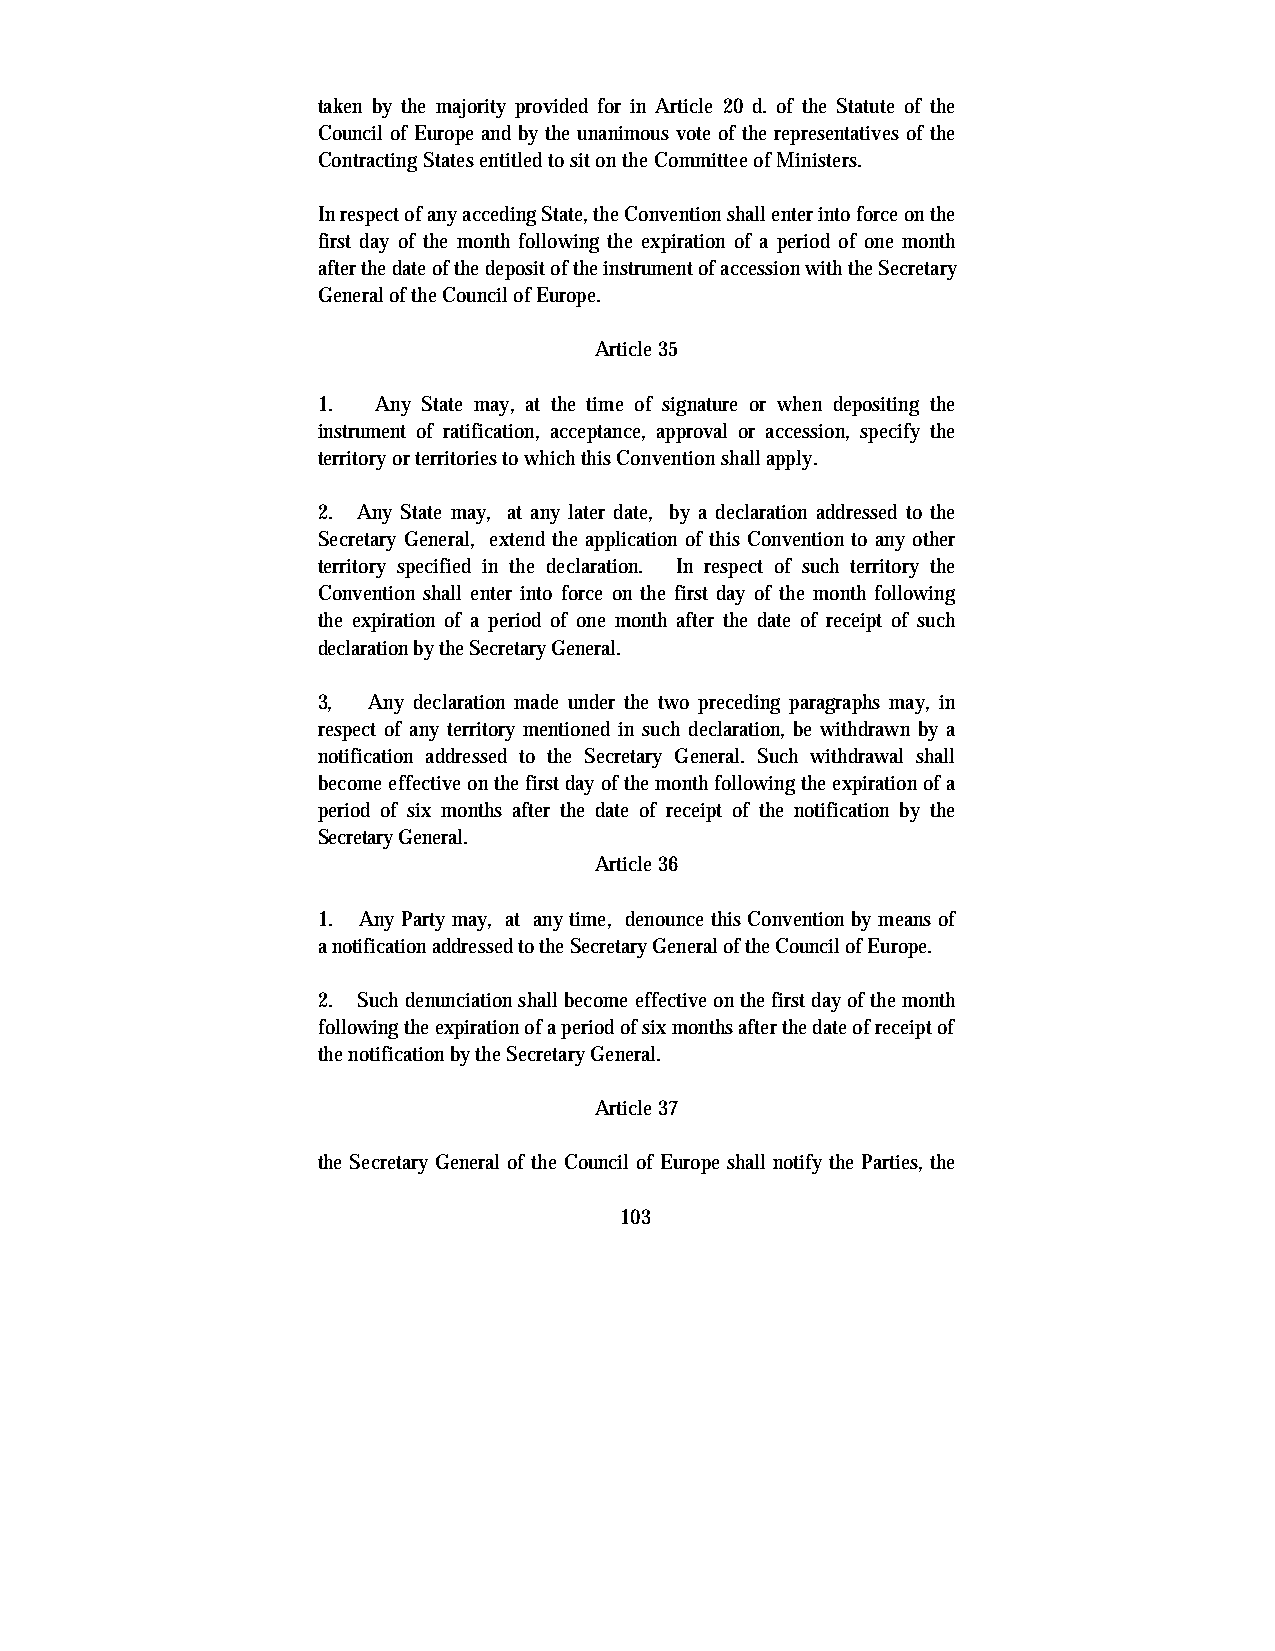
taken by the majority provided for in Article 20 d. of the Statute of the
 Council of Europe and by the unanimous vote of the representatives of the
 Contracting States entitled to sit on the Committee of Ministers.
 In respect of any acceding State, the Convention shall enter into force on the
 first day of the month following the expiration of a period of one month
 after the date of the deposit of the instrument of accession with the Secretary
 General of the Council of Europe.
 Article 35
 1.  Any State may, at the time of signature or when depositing the
 instrument of ratification, acceptance, approval or accession, specify the
 territory or territories to which this Convention shall apply.
 2. Any State may, at any later date, by a declaration addressed to the
 Secretary General, extend the application of this Convention to any other
 territory specified in the declaration. In respect of such territory the
 Convention shall enter into force on the first day of the month following
 the expiration of a period of one month after the date of receipt of such
 declaration by the Secretary General.
 3, Any declaration made under the two preceding paragraphs may, in
 respect of any territory mentioned in such declaration, be withdrawn by a
 notification addressed to the Secretary General. Such withdrawal shall
 become effective on the first day of the month following the expiration of a
 period of six months after the date of receipt of the notification by the
 Secretary General.
 Article 36
 1. Any Party may, at any time, denounce this Convention by means of
 a notification addressed to the Secretary General of the Council of Europe.
 2. Such denunciation shall become effective on the first day of the month
 following the expiration of a period of six months after the date of receipt of
 the notification by the Secretary General.
 Article 37
 the Secretary General of the Council of Europe shall notify the Parties, the
 103